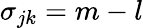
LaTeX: \sigma_{jk}=m-l